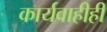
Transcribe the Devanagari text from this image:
कार्यवाहीही